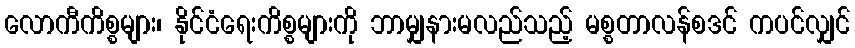
လောကီကိစ္စများ၊ နိုင်ငံရေးကိစ္စများကို ဘာမျှနားမလည်သည့် မစ္စတာလန်စဒင် ကပင်လျှင်